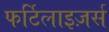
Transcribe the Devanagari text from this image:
फर्टिलाइज़र्स